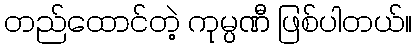
တည်ထောင်တဲ့ ကုမ္ပဏီ ဖြစ်ပါတယ်။